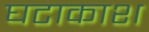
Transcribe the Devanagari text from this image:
घटाकाश